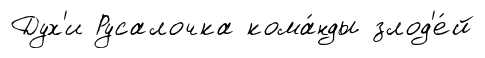
Дух'и Русалочка кома́нды злод'е́й